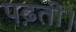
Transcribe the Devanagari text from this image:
पढ़ती।